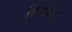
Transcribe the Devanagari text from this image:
विनोआ